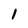
Character: 1